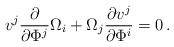
\begin{align*} v^j \frac{\partial}{\partial \Phi^j} \Omega_{i}+ \Omega_{j}\frac{\partial v^j}{\partial \Phi^i}=0\,.\end{align*}